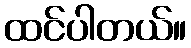
ထင်ပါတယ်။